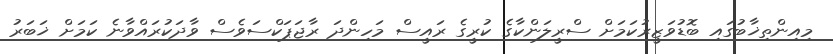
މިއިންތިޚާބުގައި ބޮޑުވަޒީރުކަމަށް ސްރީލަންކާގެ ކުރީގެ ރައީސް މަހިންދަ ރާޖަޕަކްސަވެސް ވާދަކުރައްވާނެ ކަމަށް ޚަބަރު